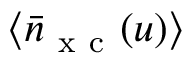
\langle \bar { n } _ { \mathrm { ~ x ~ c ~ } } ( u ) \rangle